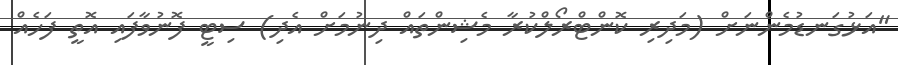
"އަޅުގަނޑުމެންނަށް (މަދިރި ކޮންޓްރޯލްކުރާ މެޝިންތައް ދިނުމަށް އެދި) ސިޓީ ފޮނުވާފައި އޮތީ ފަހެއް